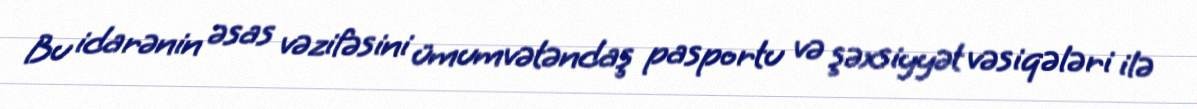
Bu idarənin əsas vəzifəsini ümumvətəndaş pasportu və şəxsiyyət vəsiqələri ilə